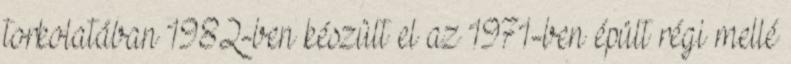
torkolatában 1982-ben készült el az 1971-ben épült régi mellé